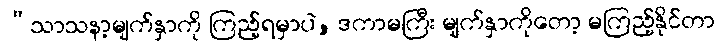
“သာသနာ့မျက်နှာကို ကြည့်ရမှာပဲ, ဒကာမကြီး မျက်နှာကိုတော့ မကြည့်နိုင်တာ